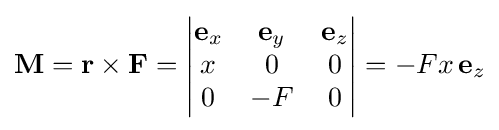
\mathbf {M} =\mathbf {r} \times \mathbf {F} =\left|{\begin{matrix}\mathbf {e} _{x}&\mathbf {e} _{y}&\mathbf {e} _{z}\\x&0&0\\0&-F&0\end{matrix}}\right|=-Fx\,\mathbf {e} _{z}